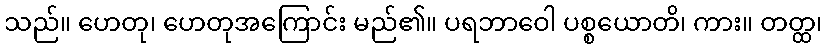
သည်။ ဟေတု၊ ဟေတုအကြောင်း မည်၏။ ပရဘာဝေါ ပစ္စယောတိ၊ ကား။ တတ္ထ၊